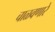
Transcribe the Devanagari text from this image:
चाळवणारे